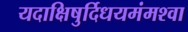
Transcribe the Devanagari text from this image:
यदाक्षिषुर्दिधयमंमश्वा